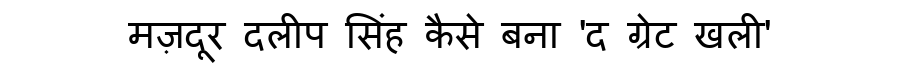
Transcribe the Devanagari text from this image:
मज़दूर दलीप सिंह कैसे बना 'द ग्रेट खली'